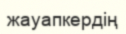
жауапкердің